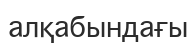
алқабындағы